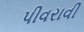
પીવરાવી